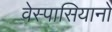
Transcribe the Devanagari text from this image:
वेस्पासियानो